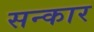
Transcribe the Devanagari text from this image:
सन्कार